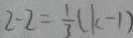
2 - 2 = \frac { 1 } { 3 } ( k - 1 )